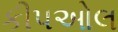
કીપઓલ